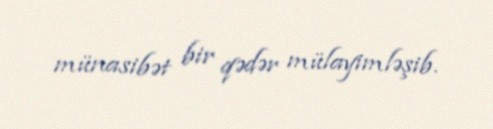
münasibət bir qədər mülayimləşib.